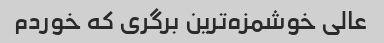
عالی خوشمزه‌ترین برگری که خوردم